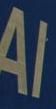
al